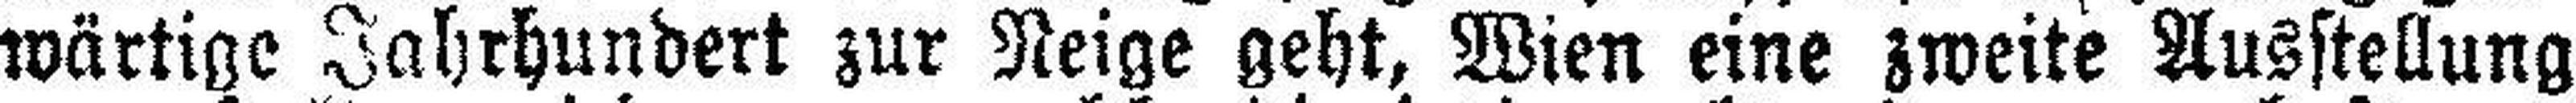
wärtige Jahrhundert zur Neige geht, Wien eine zweite Ausstellung